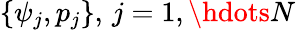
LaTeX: \{ \psi_{j},p_{j}\} ,\, j=1,\hdots N